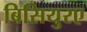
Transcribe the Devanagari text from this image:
बिसियुरए